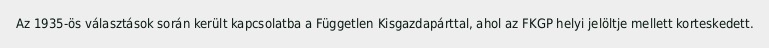
Az 1935-ös választások során került kapcsolatba a Független Kisgazdapárttal, ahol az FKGP helyi jelöltje mellett korteskedett.